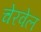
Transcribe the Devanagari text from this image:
चेरवेल